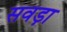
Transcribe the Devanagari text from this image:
सवड़ा